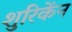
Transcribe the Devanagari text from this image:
शुरिकेंन